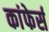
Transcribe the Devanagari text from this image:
कांफेर्स